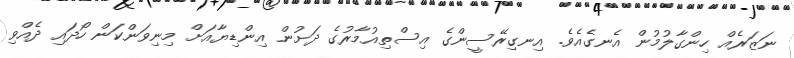
ނަޒަރެއް ހިންގާލުމުން އެނގެއެވެ. އިނގިރޭސީންގެ އިސްތިއުމާރުގެ ދަށުން އިންޑިޔާއަށް މިނިވަންކަން ހޯދައި ދެއްވި